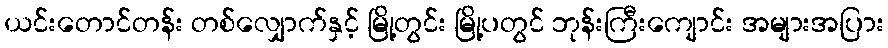
ယင်းတောင်တန်း တစ်လျှောက်နှင့် မြို့တွင်း မြို့ပတွင် ဘုန်းကြီးကျောင်း အများအပြား